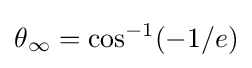
\theta {_{\infty }}=\cos ^{-1}(-1/e)